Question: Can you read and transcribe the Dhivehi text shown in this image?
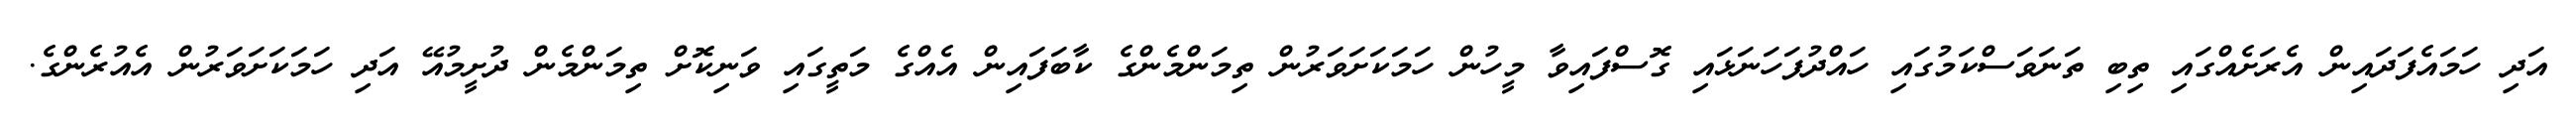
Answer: އަދި ހަމައެފަދައިން އެރަށެއްގައި ތިބި ތަނަވަސްކަމުގައި ހައްދުފަހަނަޅައި ގޮސްފައިވާ މީހުން ހަމަކަށަވަރުން ތިމަންމެންގެ ކާބަފައިން އެއްގެ މަތީގައި ވަނިކޮށް ތިމަންމެން ދުށީމުއޭ އަދި ހަމަކަށަވަރުން އެއުރެންގެ.